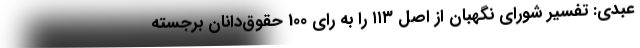
عبدی: تفسیر شورای نگهبان از اصل ۱۱۳ را به رای 100 حقوق‌دانان برجسته